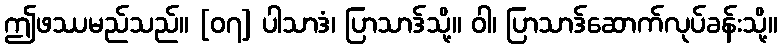
ဤဖဿမည်သည်။ [၀၇] ပါသာဒံ၊ ပြာသာဒ်သို့။ ဝါ၊ ပြာသာဒ်ဆောက်လုပ်ခန်းသို့။